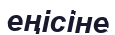
еңісіне